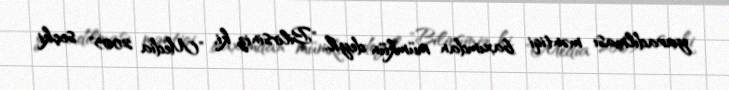
yaradılması məntiqi baxımdan mümkün deyil: "Bilirsiniz ki, "Media 2005" seçki